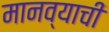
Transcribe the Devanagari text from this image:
मानव्याची